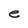
Character: e